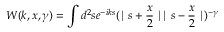
W ( k , x , \gamma ) = \int d ^ { 2 } s e ^ { - i k s } ( \mid s + \frac { x } 2 \mid \mid s - \frac { x } 2 \mid ) ^ { - \gamma }